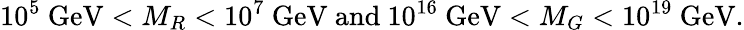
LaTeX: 10^{5}~{\mathrm{GeV}}<M_{R}<10^{7}~{\mathrm{GeV}}{\mathrm{~and~}}10^{16}~{\mathrm{GeV}}<M_{G}<10^{19}~{\mathrm{GeV}}.